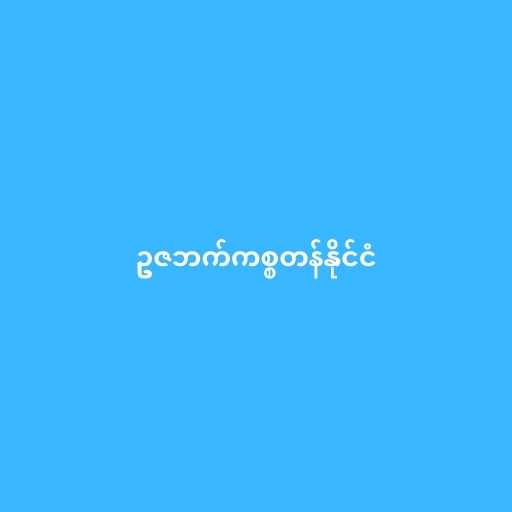
ဥဇဘက်ကစ္စတန်နိုင်ငံ